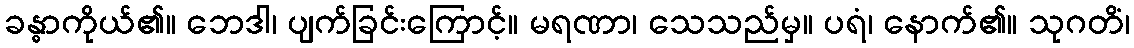
ခန္ဓာကိုယ်၏။ ဘေဒါ၊ ပျက်ခြင်းကြောင့်။ မရဏာ၊ သေသည်မှ။ ပရံ၊ နောက်၏။ သုဂတိံ၊